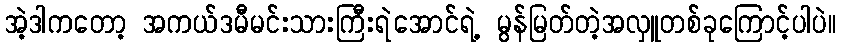
အဲ့ဒါကတော့ အကယ်ဒမီမင်းသားကြီးရဲအောင်ရဲ့ မွန်မြတ်တဲ့အလှူတစ်ခုကြောင့်ပါပဲ။